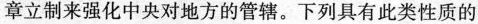
章立制来强化中央对地方的管辖。下列具有此类性质的